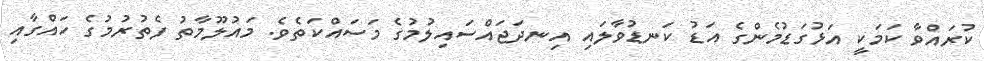
ކުރައްވާ ކަމަކީ އަޅުގަޑުމެންގެ އަޑު ކަނޑުވާލައި އިނދަޖައްސައިލުމުގެ މަސައްކަތެވެ. މައުލޫމާތު ފެތުރުމުގެ ހައްގާއި